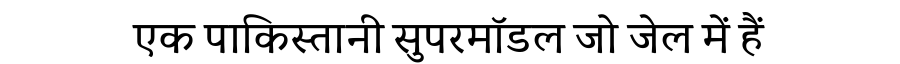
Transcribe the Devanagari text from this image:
एक पाकिस्तानी सुपरमॉडल जो जेल में हैं